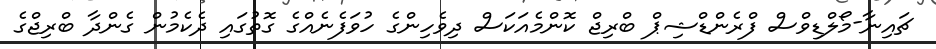
ޗައިނާ-މޯލްޑިވްސް ފްރެންޑްޝިޕް ބްރިޖް ކޮންމެއަކަސް ދިވެހިންގެ ހުވަފެނެއްގެ ގޮތުގައި ދެކެމުން ގެންދާ ބްރިޖްގެ